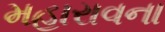
મહારાવના